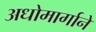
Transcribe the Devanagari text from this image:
अधोमार्गाने